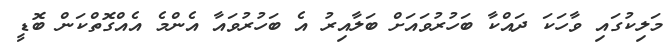
މަލިކުގައި ވާހަކަ ދައްކާ ބަހުރުވައަށް ބަލާއިރު އެ ބަހުރުވައާ އެންމެ އެއްގޮތްކަން ބޮޑީ